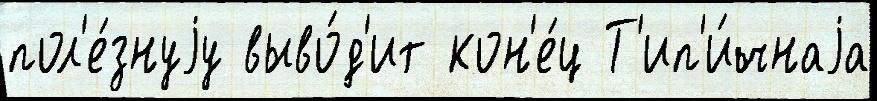
пол'е́знуjу выво́д'ит кон'е́ц Т'ип'и́чнаjа